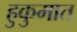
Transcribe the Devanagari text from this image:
हुकुमात